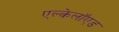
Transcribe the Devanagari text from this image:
एल्केलॉएड